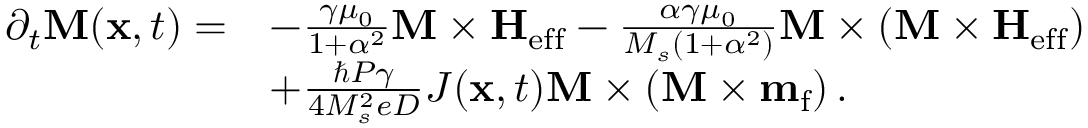
\begin{array} { r l } { \partial _ { t } { \bf M } ( { \bf x } , t ) = } & { - \frac { \gamma \mu _ { 0 } } { 1 + \alpha ^ { 2 } } { \bf M } \times { \bf H } _ { \mathrm { e f f } } - \frac { \alpha \gamma \mu _ { 0 } } { M _ { s } ( 1 + \alpha ^ { 2 } ) } { \bf M } \times \left( { \bf M } \times { \bf H } _ { \mathrm { e f f } } \right) } \\ & { + \frac { \hbar P \gamma } { 4 M _ { s } ^ { 2 } e D } J ( { \bf x } , t ) { \bf M } \times \left( { \bf M } \times { \bf m } _ { \mathrm { f } } \right) . } \end{array}